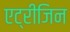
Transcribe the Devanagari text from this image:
एट्रीजिन